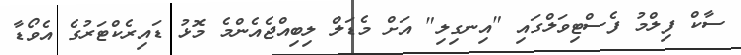
ސާކް ފިލްމު ފެސްޓިވަލްގައި "އިނގިލި" އަށް މެޑަލް ލިބިއްޖެއެންމެ މޮޅު ޑައިރެކްޓަރުގެ އެވޯޑާ